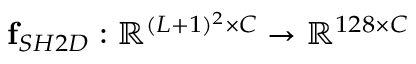
\mathbf { f } _ { S H 2 D } : \mathbb { R } ^ { ( L + 1 ) ^ { 2 } \times C } \rightarrow \mathbb { R } ^ { 1 2 8 \times C }